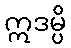
ဣဒမ္ပိ